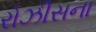
રોઝીસના